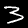
Label: 3